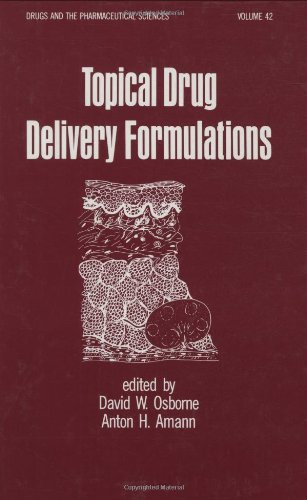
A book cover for Topical Drug Delivery Formulations (Drugs and the Pharmaceutical Sciences); Medical Books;